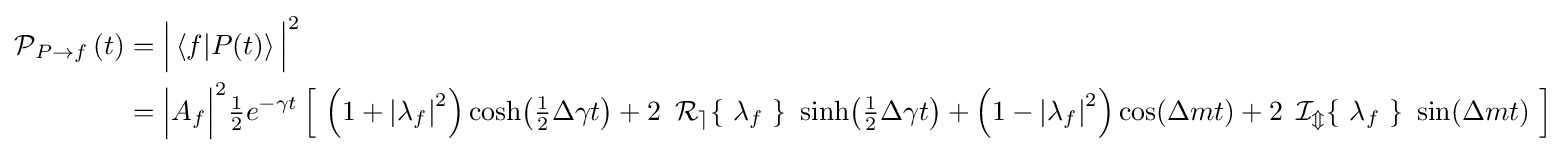
{\begin{aligned}\operatorname {\mathcal {P}} _{P\to f}\left(t\right)&={\Bigl |}\left\langle f|P(t)\right\rangle {\Bigr |}^{2}\\&={\Bigl |}A_{f}{\Bigr |}^{2}{\tfrac {1}{2}}e^{-\gamma t}\left[\ \left(1+\left|\lambda _{f}\right|^{2}\right)\cosh \!\left({\tfrac {1}{2}}\Delta \gamma t\right)+2\ \operatorname {\mathcal {R_{e}}} \!\left\{\ \lambda _{f}\ \right\}\ \sinh \!\left({\tfrac {1}{2}}\Delta \gamma t\right)+\left(1-\left|\lambda _{f}\right|^{2}\right)\cos \!\left(\Delta mt\right)+2\ \operatorname {\mathcal {I_{m}}} \!\left\{\ \lambda _{f}\ \right\}\ \sin \!\left(\Delta mt\right)\ \right]\\\end{aligned}}